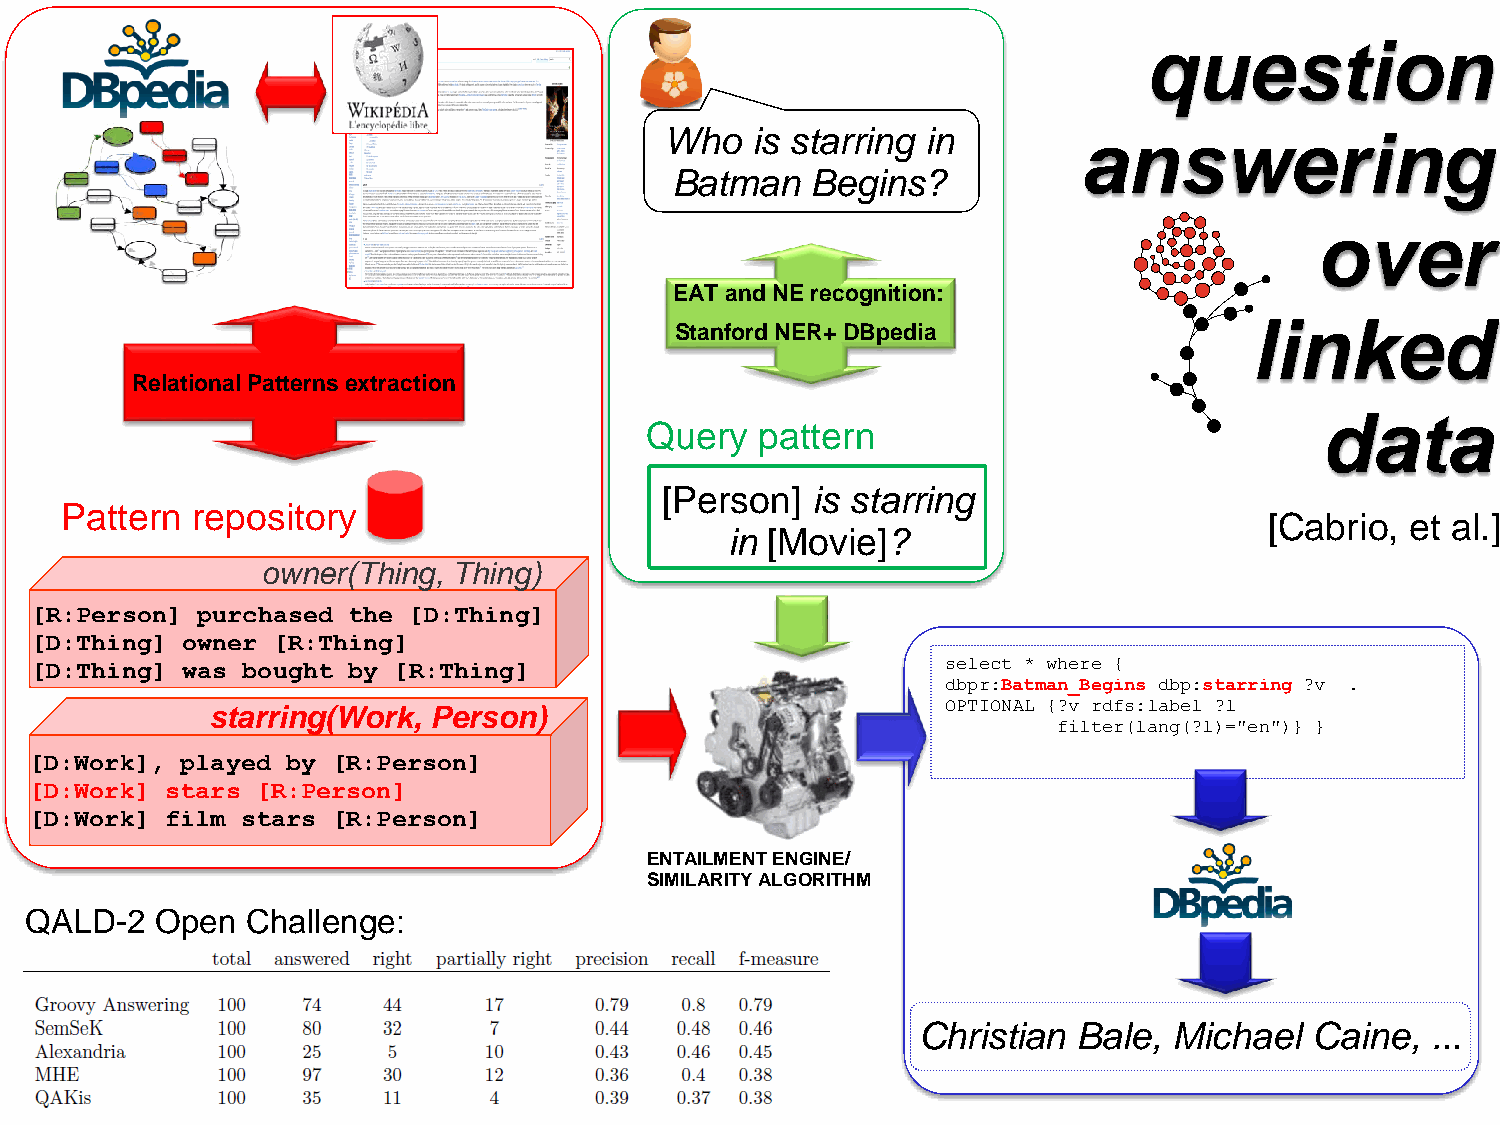
question
 Who   is starring in        answering
 Batman    Begins?
 over
 EAT and NE recognition:
 linked
 Stanford NER+ DBpedia
 Relational Patterns extraction
 data
 Query  pattern
 [Person]  is starring
 Pattern  repository
 [Cabrio, et al.]
 in [Movie]?
 owner(Thing, Thing)
 [R:Person] purchased the [D:Thing]
 [D:Thing] owner [R:Thing]
 [D:Thing] was bought by [R:Thing]                            select * where {
 dbpr:Batman_Begins dbp:starring ?v .
 OPTIONAL {?v rdfs:label ?l
 starring(Work, Person)
 filter(lang(?l)="en")} }
 [D:Work], played by [R:Person]
 [D:Work] stars [R:Person]
 [D:Work] film stars [R:Person]
 ENTAILMENT ENGINE/
 SIMILARITY ALGORITHM
 QALD-2  Open  Challenge:
 Christian Bale,  Michael  Caine,  ...